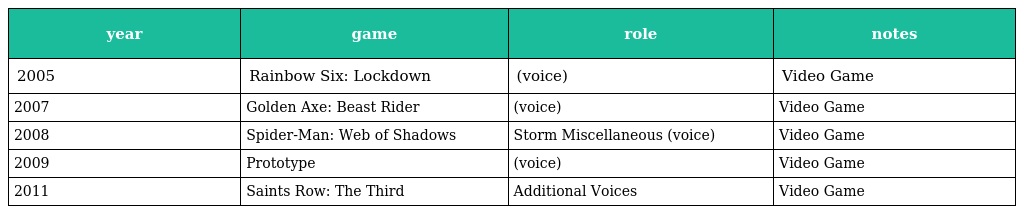
| year | game | role | notes |
 | --- | --- | --- | --- |
 | 2005 | Rainbow Six: Lockdown | (voice) | Video Game |
 | 2007 | Golden Axe: Beast Rider | (voice) | Video Game |
 | 2008 | Spider-Man: Web of Shadows | Storm Miscellaneous (voice) | Video Game |
 | 2009 | Prototype | (voice) | Video Game |
 | 2011 | Saints Row: The Third | Additional Voices | Video Game |